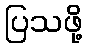
ပြသဖို့